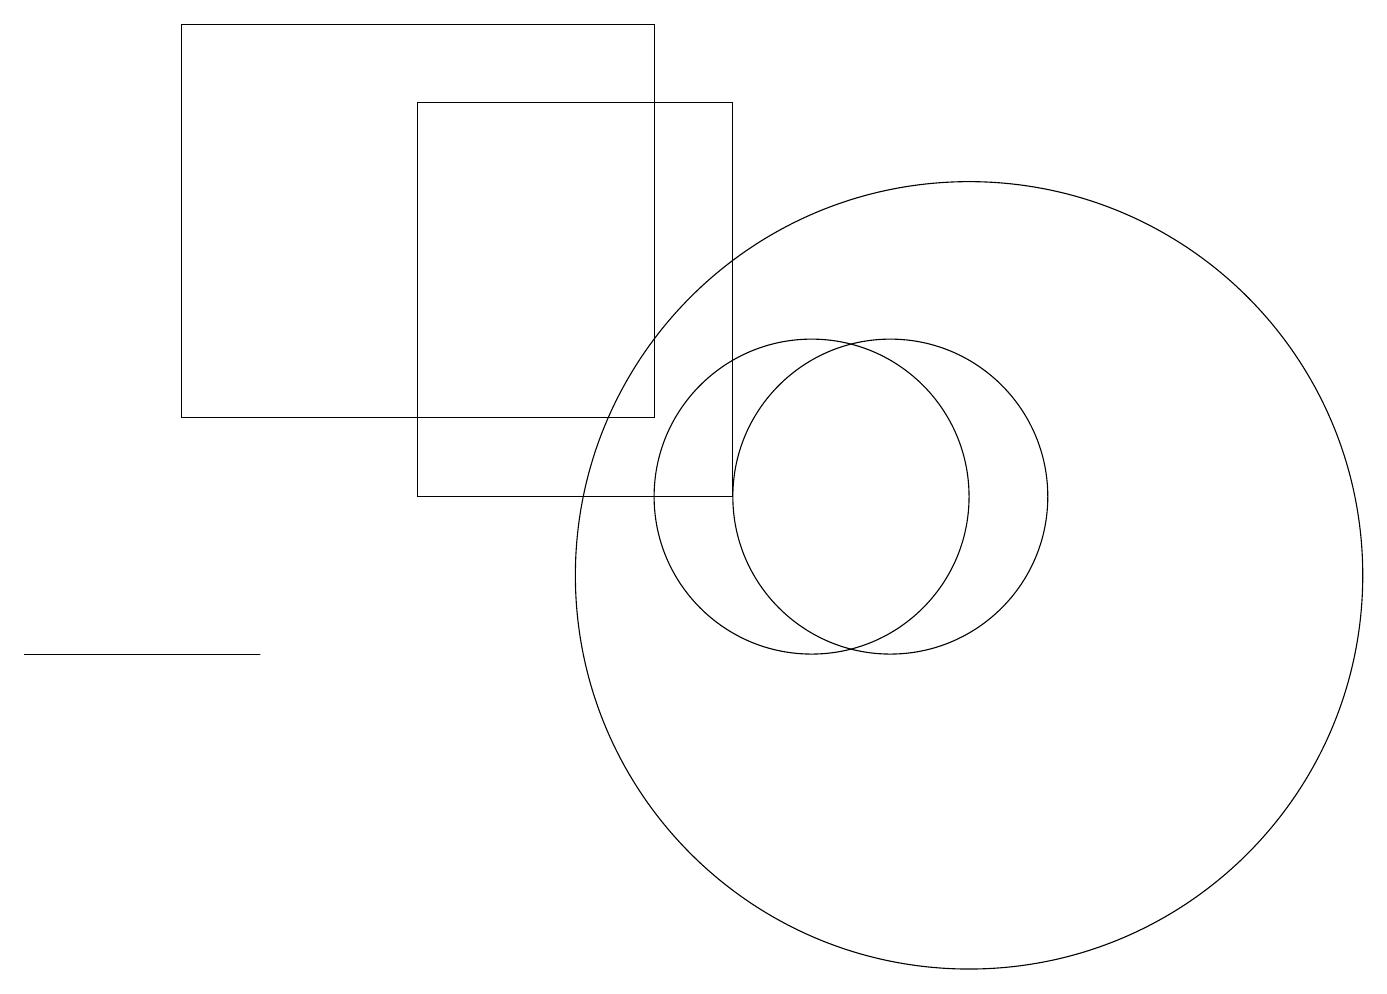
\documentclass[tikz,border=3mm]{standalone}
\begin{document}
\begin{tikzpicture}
\draw (0,10) rectangle (3,10);
\draw (8,13) rectangle (2,18);
\draw (10,12) circle (2);
\draw (12,11) circle (5);
\draw (11,12) circle (2);
\draw (9,17) rectangle (5,12);
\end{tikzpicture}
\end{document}